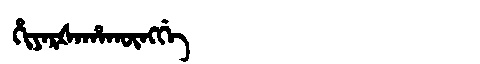
Manchu: ᡥᡳᠶᠠᡵᡧᠠᡥᠠᡴᡡᠩᡤᡝ
Romanization: HIYARŠAHAKŪNGGE